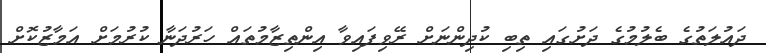
ދައުލަތުގެ ބެލުމުގެ ދަށުގައި ތިބި ކުދިންނަށް ރޭވިފައިވާ އިންތިޒާމުތައް ހަރުދަނާ ކުރުމަށް އަމާޒުކޮށް